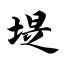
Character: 堤